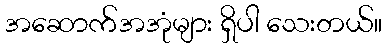
အဆောက်အအုံများ ရှိပါ သေးတယ်။